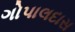
ગોપાલદાસ